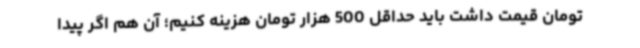
تومان قیمت داشت باید حداقل 500 هزار تومان هزینه کنیم؛ آن هم اگر پیدا